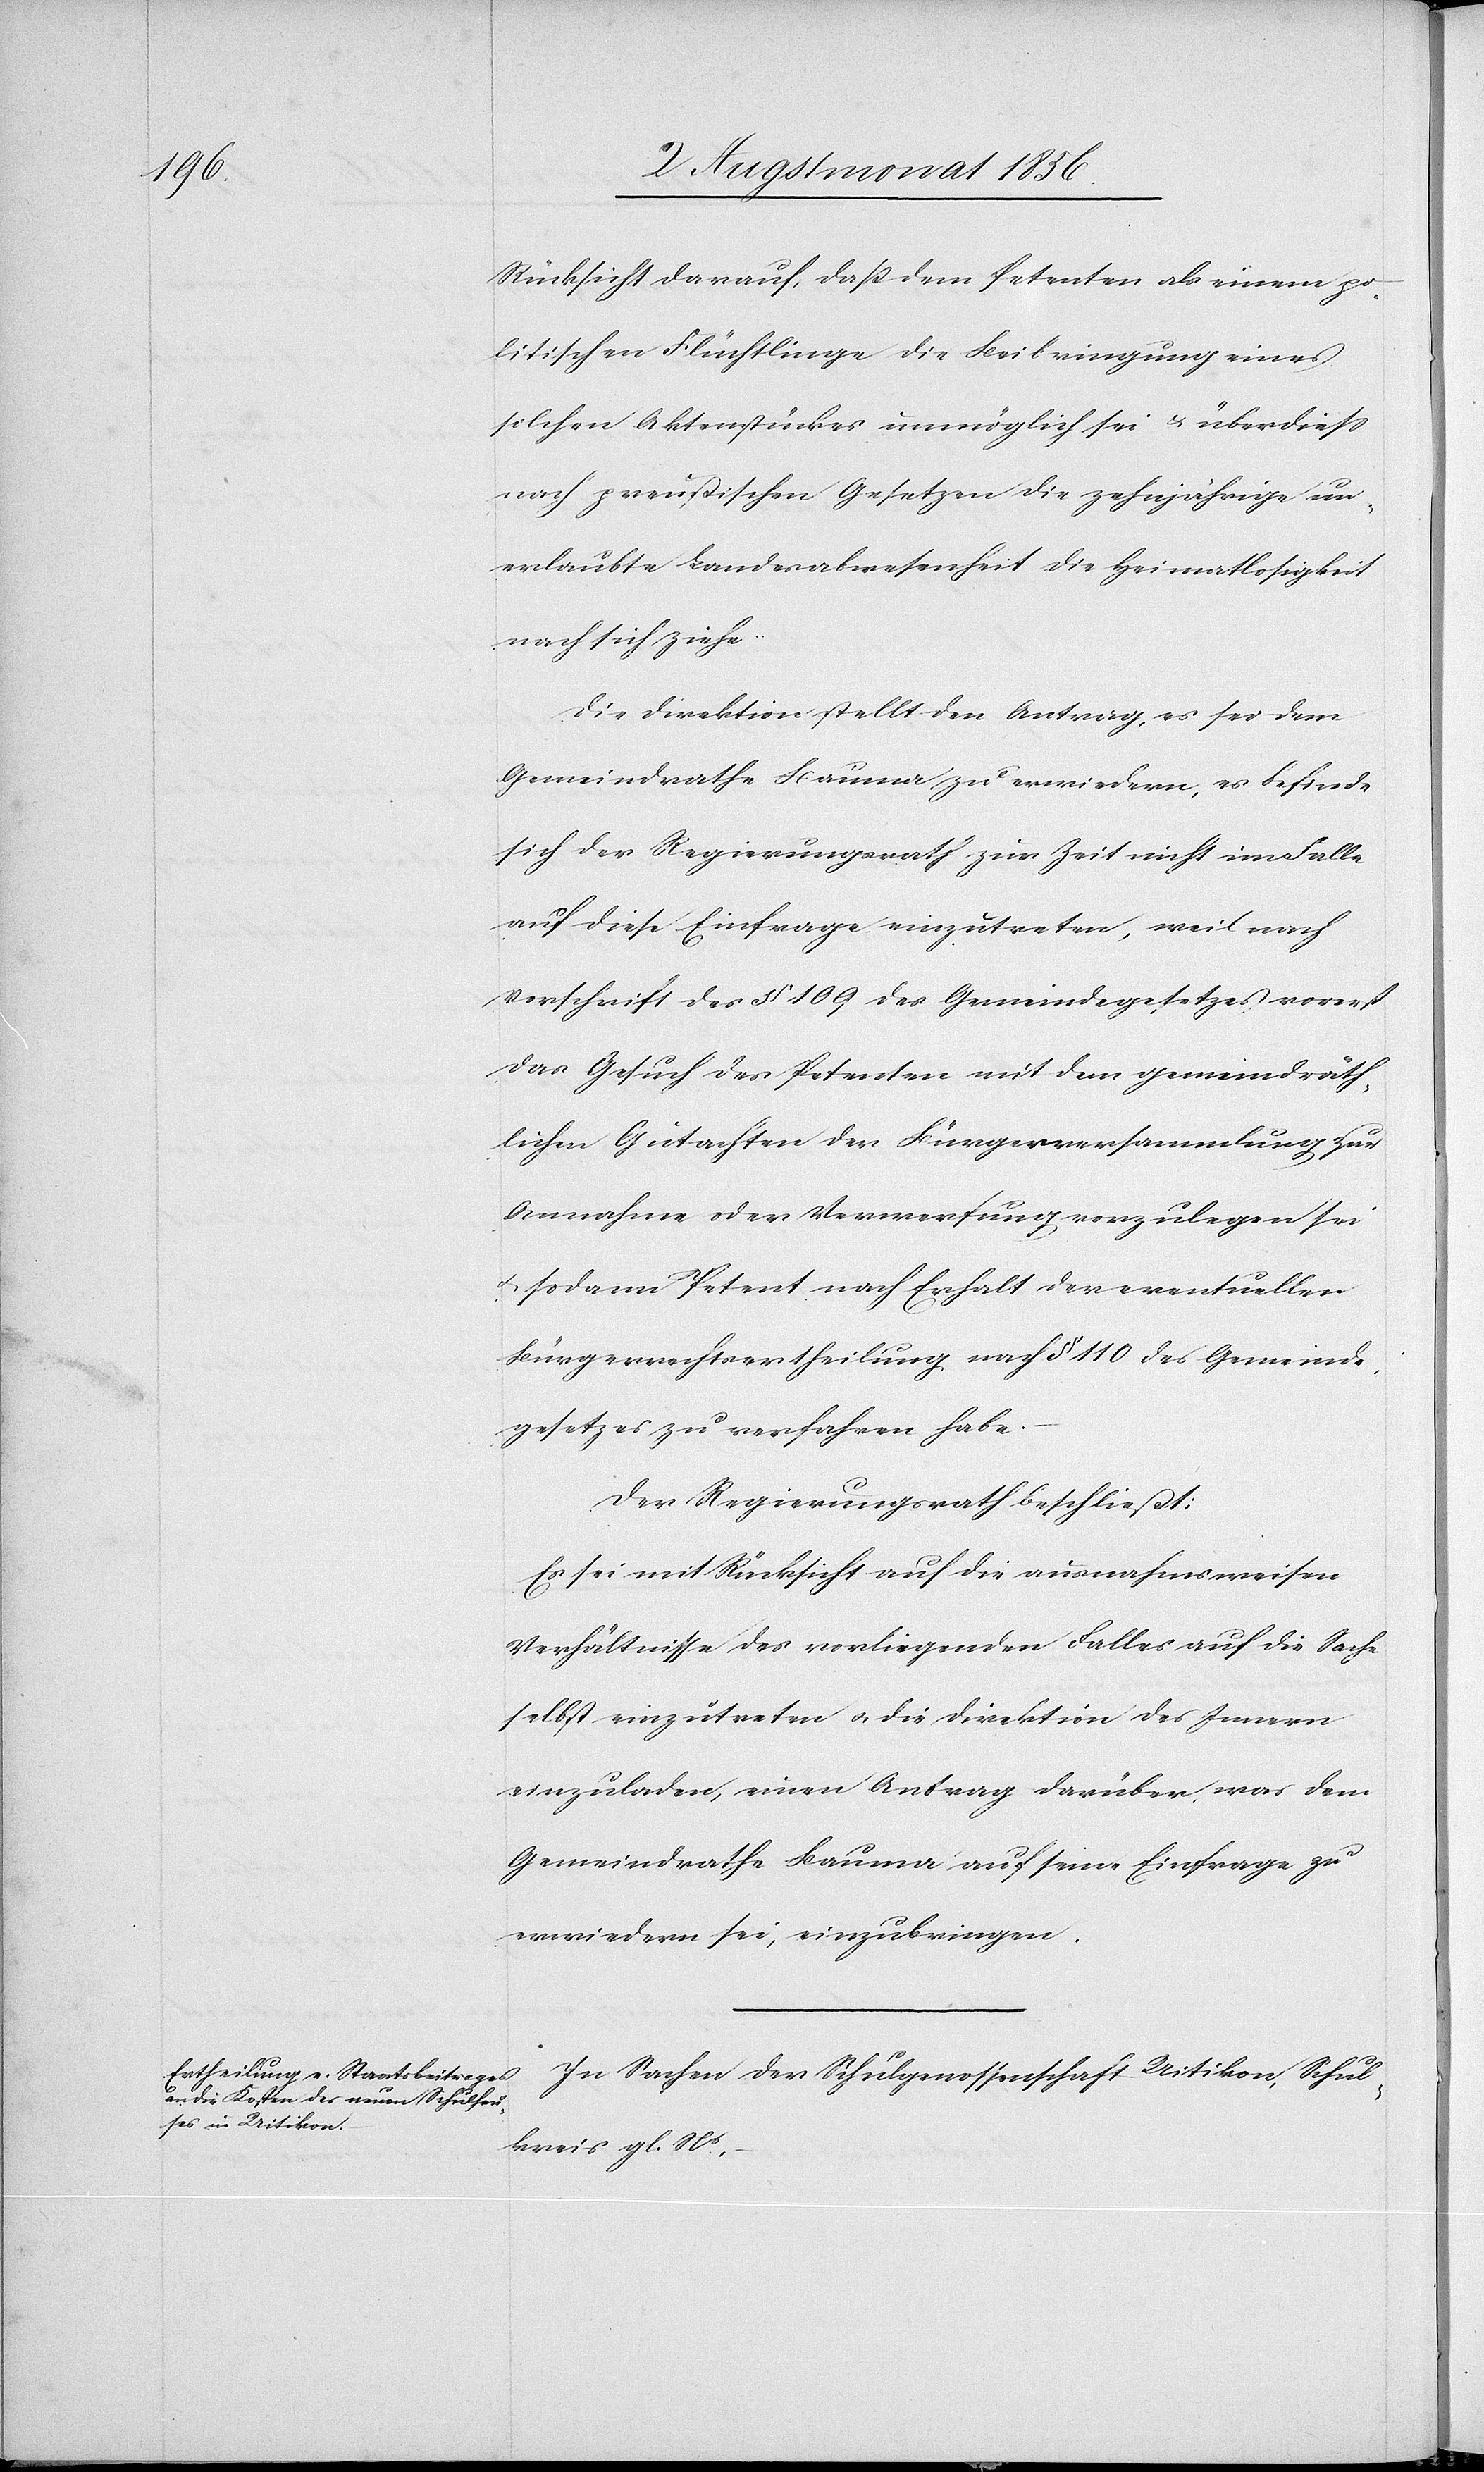
Rücksicht darauf, dass dem Petenten als einem po¬
litischen Flüchtlinge die Beibringung eines
solchen Aktenstückes unmöglich sei & überdiess
nach preußischen Gesetzen die zehnjährige un¬
erlaubte Landesabwesenheit die Heimatlosigkeit
nach sich ziehe.
Die Direktion stellt den Antrag, es sei dem
Gemeindrathe Bauma zu erwiedern, es befinde
sich der Regierungsrath zur Zeit nicht im Falle
auf diese Einfrage einzutreten, weil nach
Vorschrift des § 109 des Gemeindegesetzes vorerst
das Gesuch des Petenten mit dem gemeindräth¬
lichen Gutachten der Bürgerversammlung zur
Annahme oder Verwerfung vorzulegen sei
u. sodann Petent nach Erhalt der eventuellen
Bürgerrechtsertheilung nach § 110 des Gemeinde¬
gesetzes zu verfahren habe.
Der Regierungsrath beschließt:
Es sei mit Rücksicht auf die ausnahmsweisen
Verhältnisse des vorliegenden Falles auf die Sache
selbst einzutreten u. die Direktion des Innern
einzuladen, einen Antrag darüber was dem
Gemeindrathe Bauma auf seine Einfrage zu
erwiedern sei, einzubringen.
In Sachen der Schulgenossenschaft Uitikon, Schul¬
kreis gl. Ns,